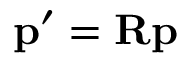
\mathbf { p ^ { \prime } } = \mathbf { R p }